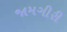
જામગીરી